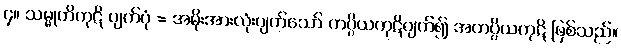
၄။ သမ္မုတိကုဋိ ပျက်ပုံ = အမိုးအားလုံးပျက်သော် ကပ္ပိယကုဋိပျက်၍ အကပ္ပိယကုဋိ ဖြစ်သည်။